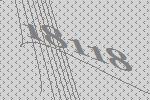
18118